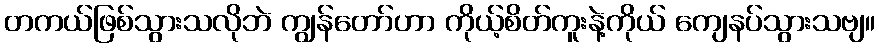
တကယ်ဖြစ်သွားသလိုဘဲ ကျွန်တော်ဟာ ကိုယ့်စိတ်ကူးနဲ့ကိုယ် ကျေနပ်သွားသဗျ။